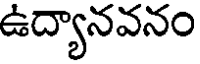
ఉద్యానవనం